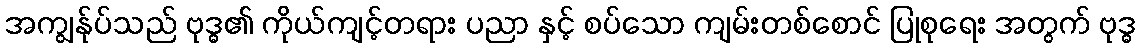
အကျွန်ုပ်သည် ဗုဒ္ဓ၏ ကိုယ်ကျင့်တရား ပညာ နှင့် စပ်သော ကျမ်းတစ်စောင် ပြုစုရေး အတွက် ဗုဒ္ဓ